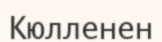
Кюлленен